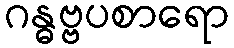
ဂန္ဓဗ္ဗပစာရော